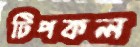
টিপকল